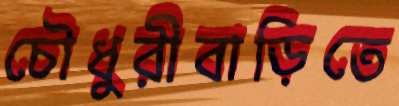
চৌধুরীবাড়িতে